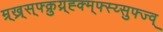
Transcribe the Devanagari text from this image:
म्र्ख्र्स्फ्क्रुय्र्ह्क्म्फ्स्य्सुफ्ज्व्